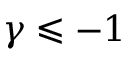
\gamma \leqslant - 1